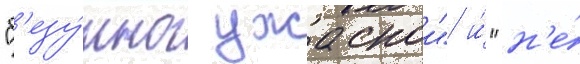
"б'езу́мно ужаснои" и́ "н'е́